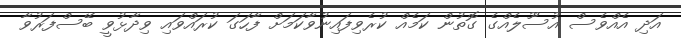
އަދި އެއްވެސް އުސޫލެއްގެ ގޮތުން ކަމެއް ކުރެވިފައިނުވާކަމަށް ފާހަގަ ކުރައްވައި ވިދާޅުވީ ބޭސްފަރުވާ